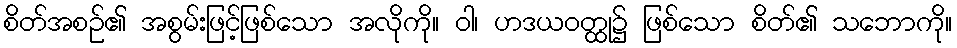
စိတ်အစဉ်၏ အစွမ်းဖြင့်ဖြစ်သော အလိုကို။ ဝါ၊ ဟဒယဝတ္ထု၌ ဖြစ်သော စိတ်၏ သဘောကို။